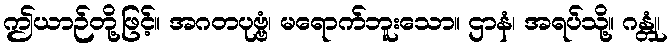
ဤယာဉ်တို့ဖြင့်။ အဂတပုဗ္ဗံ၊ မရောက်ဘူးသော။ ဌာနံ၊ အရပ်သို့။ ဂန္တုံ၊